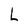
Character: L